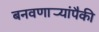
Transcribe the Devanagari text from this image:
बनवणार्‍यांपैकी